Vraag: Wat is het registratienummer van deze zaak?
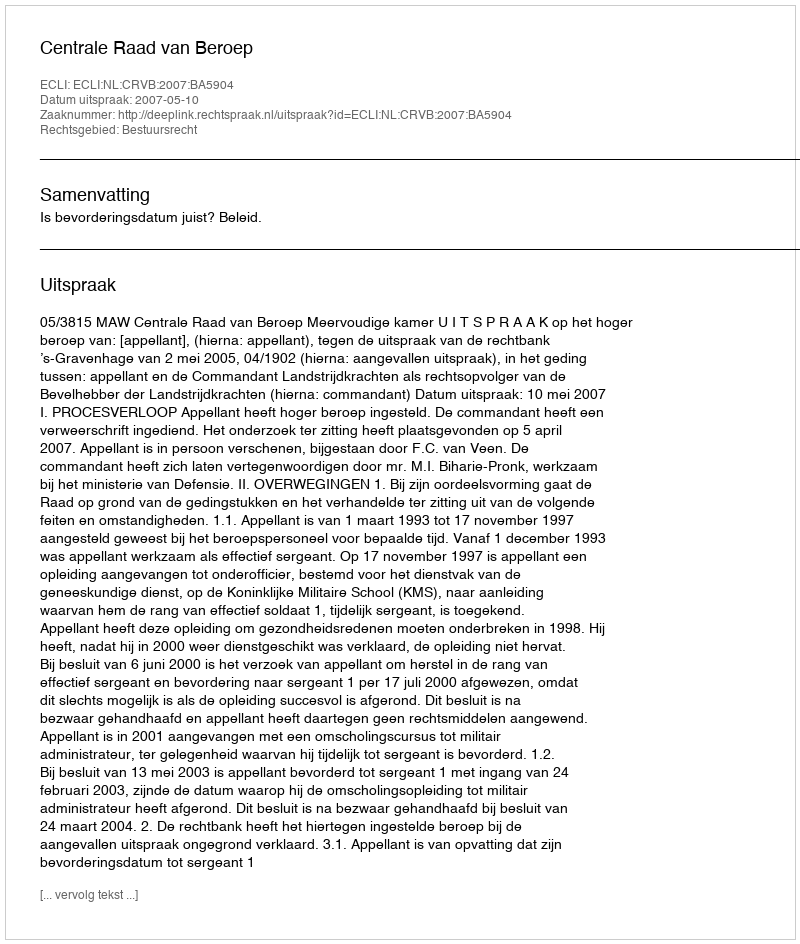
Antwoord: http://deeplink.rechtspraak.nl/uitspraak?id=ECLI:NL:CRVB:2007:BA5904